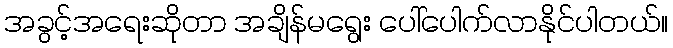
အခွင့်အရေးဆိုတာ အချိန်မရွေး ပေါ်ပေါက်လာနိုင်ပါတယ်။